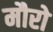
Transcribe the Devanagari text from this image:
मौरो